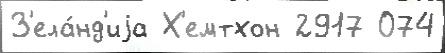
З'ела́нд'иjа Х'емтхон 2917 074